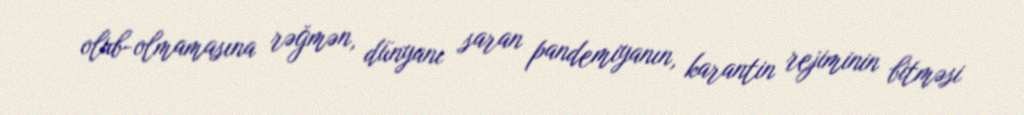
olub-olmamasına rəğmən, dünyanı saran pandemiyanın, karantin rejiminin bitməsi